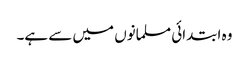
وہ ابتدائی مسلمانوں میں سے ہے۔